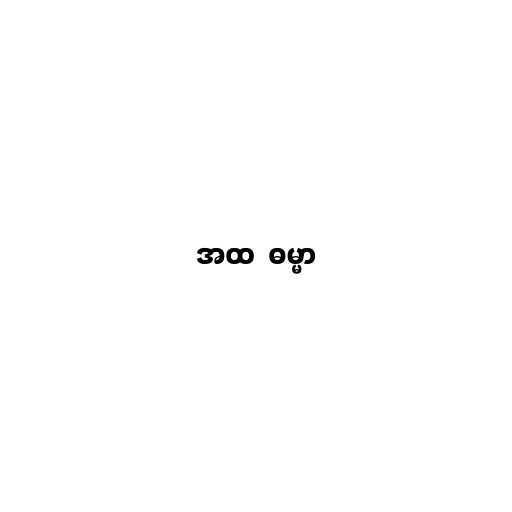
အထ  ဓမ္မာ